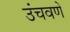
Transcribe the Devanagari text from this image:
उंचवणे